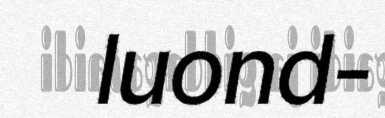
luond-